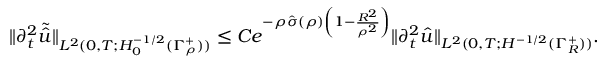
\begin{array} { r } { \| \partial _ { t } ^ { 2 } \tilde { \hat { u } } \| _ { L ^ { 2 } ( 0 , T ; H _ { 0 } ^ { - 1 / 2 } ( \Gamma _ { \rho } ^ { + } ) ) } \leq C e ^ { - \rho \hat { \sigma } ( \rho ) \left( 1 - \frac { R ^ { 2 } } { \rho ^ { 2 } } \right) } \| \partial _ { t } ^ { 2 } \hat { u } \| _ { L ^ { 2 } ( 0 , T ; H ^ { - 1 / 2 } ( \Gamma _ { R } ^ { + } ) ) } . } \end{array}